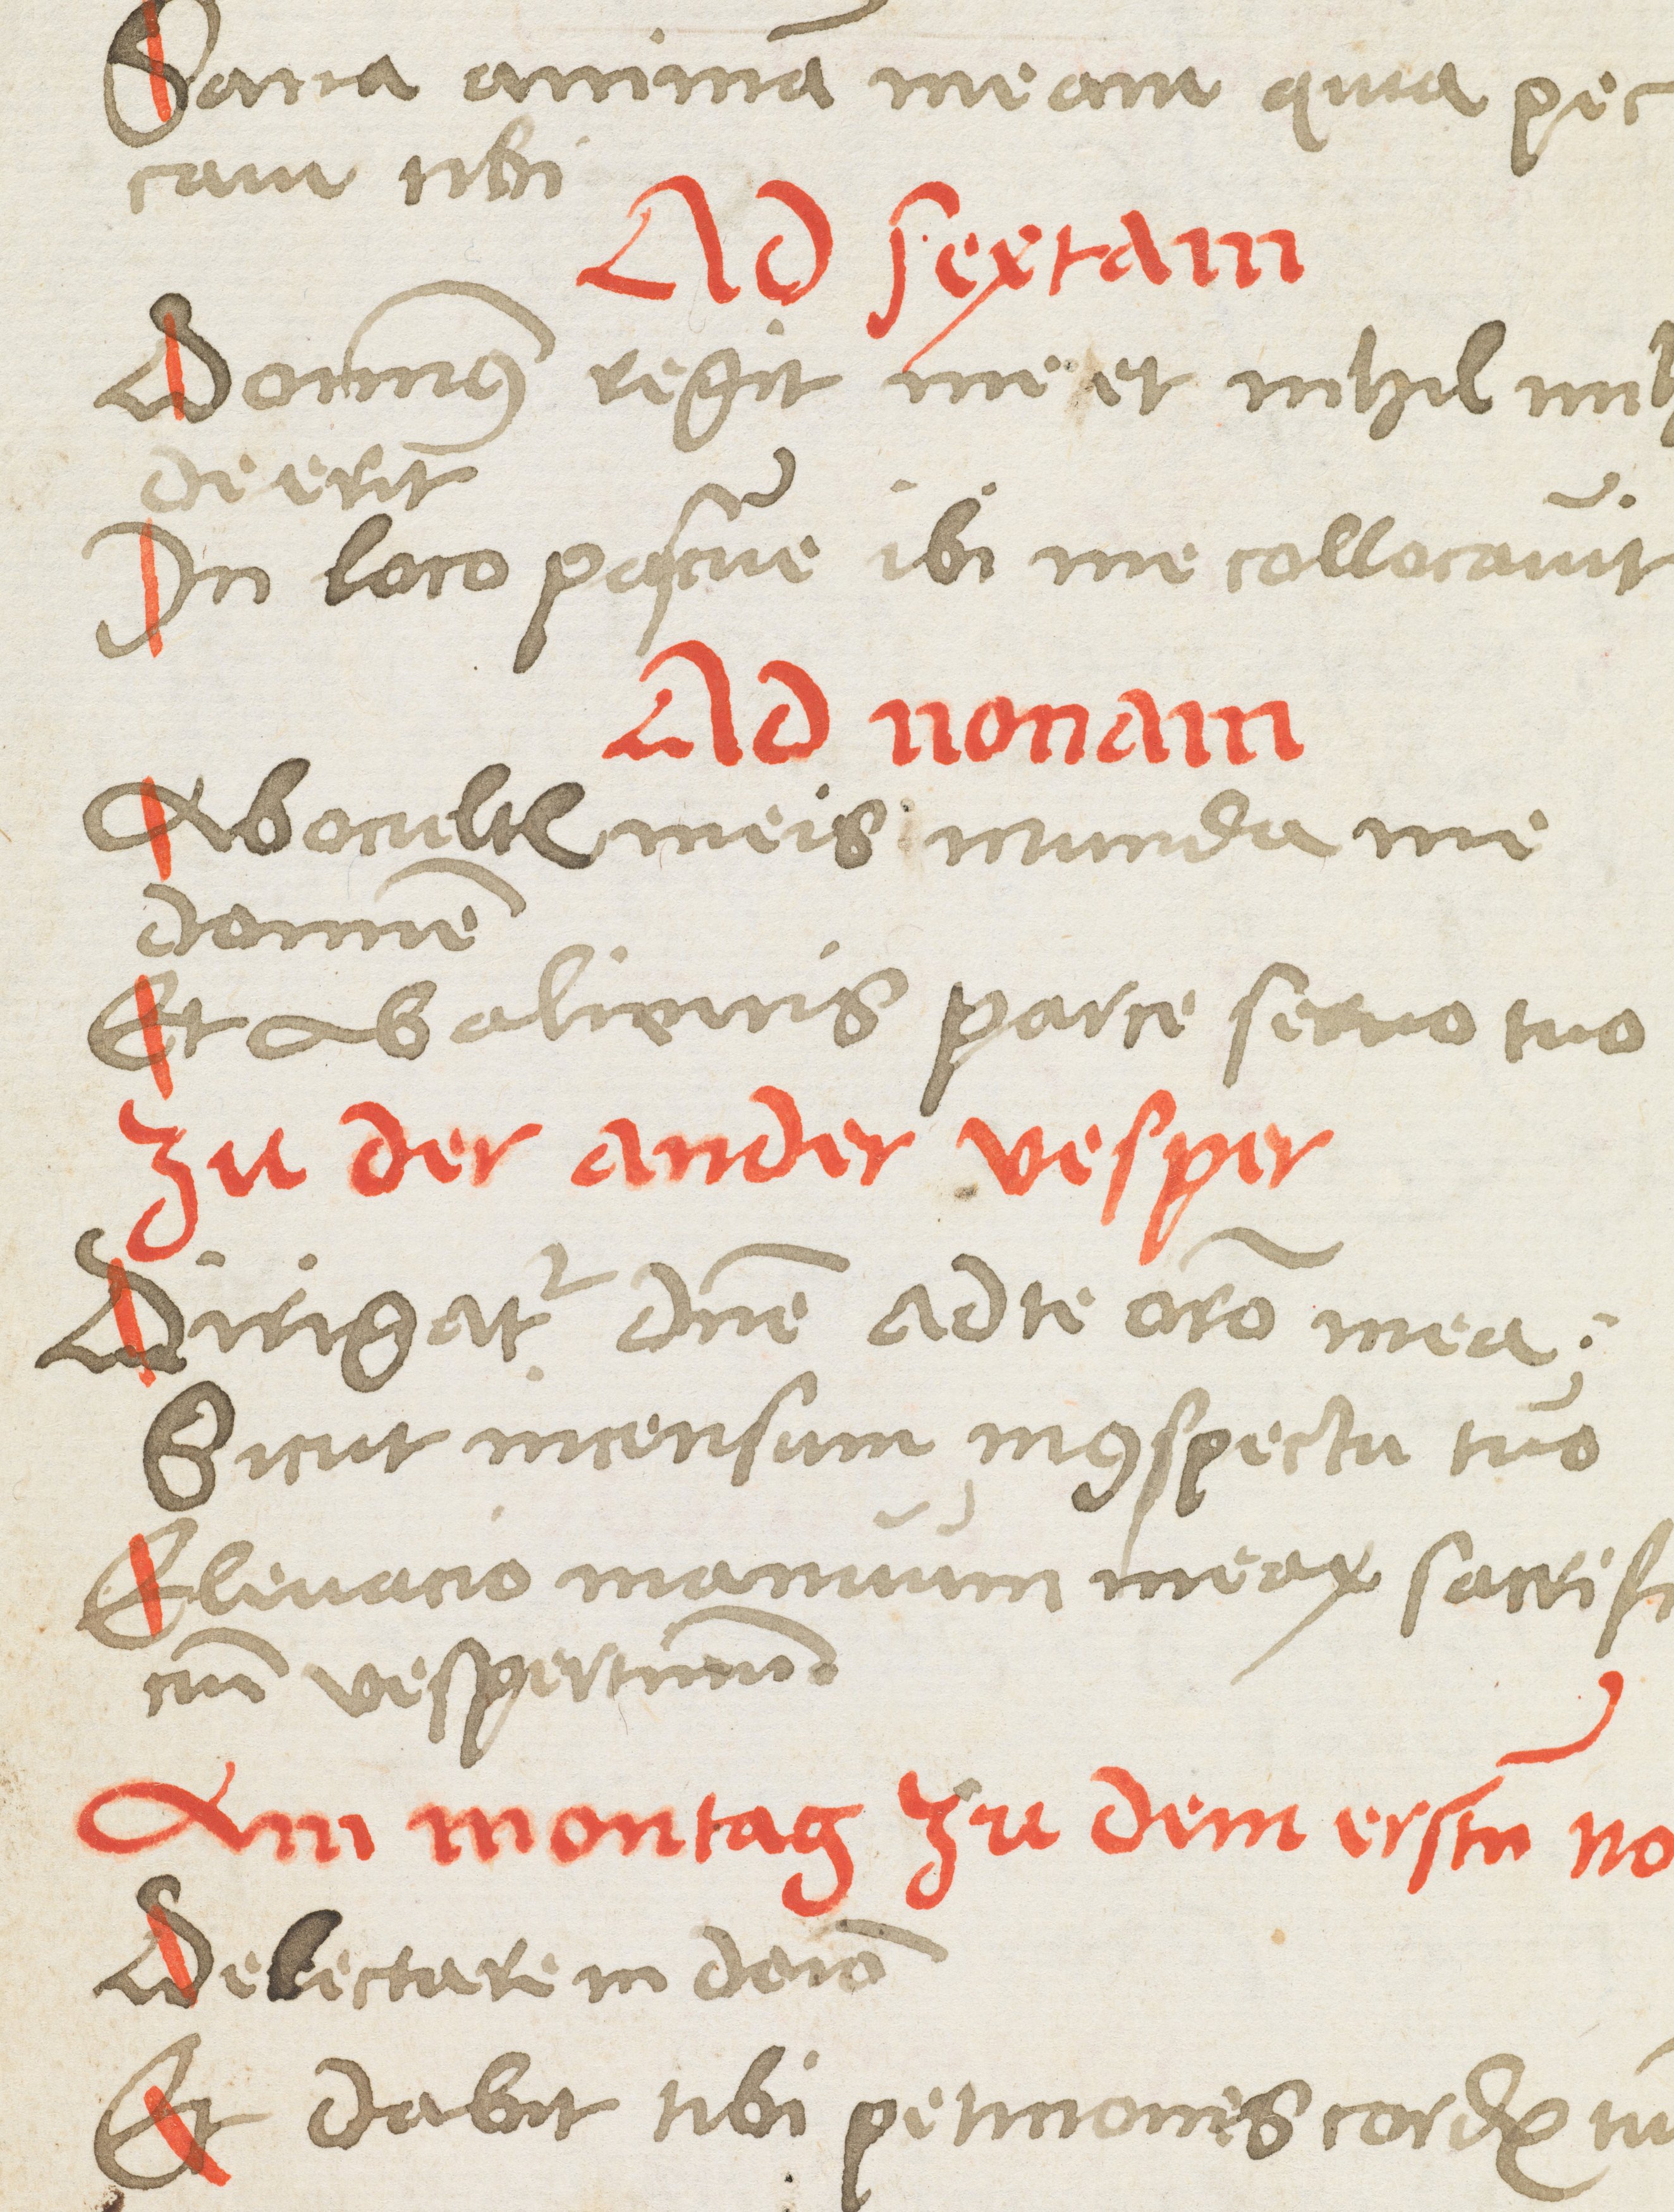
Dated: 1400–1499